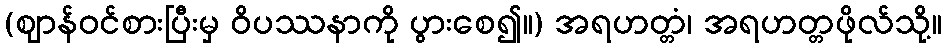
(ဈာန်ဝင်စားပြီးမှ ဝိပဿနာကို ပွားစေ၍။) အရဟတ္တံ၊ အရဟတ္တဖိုလ်သို့။